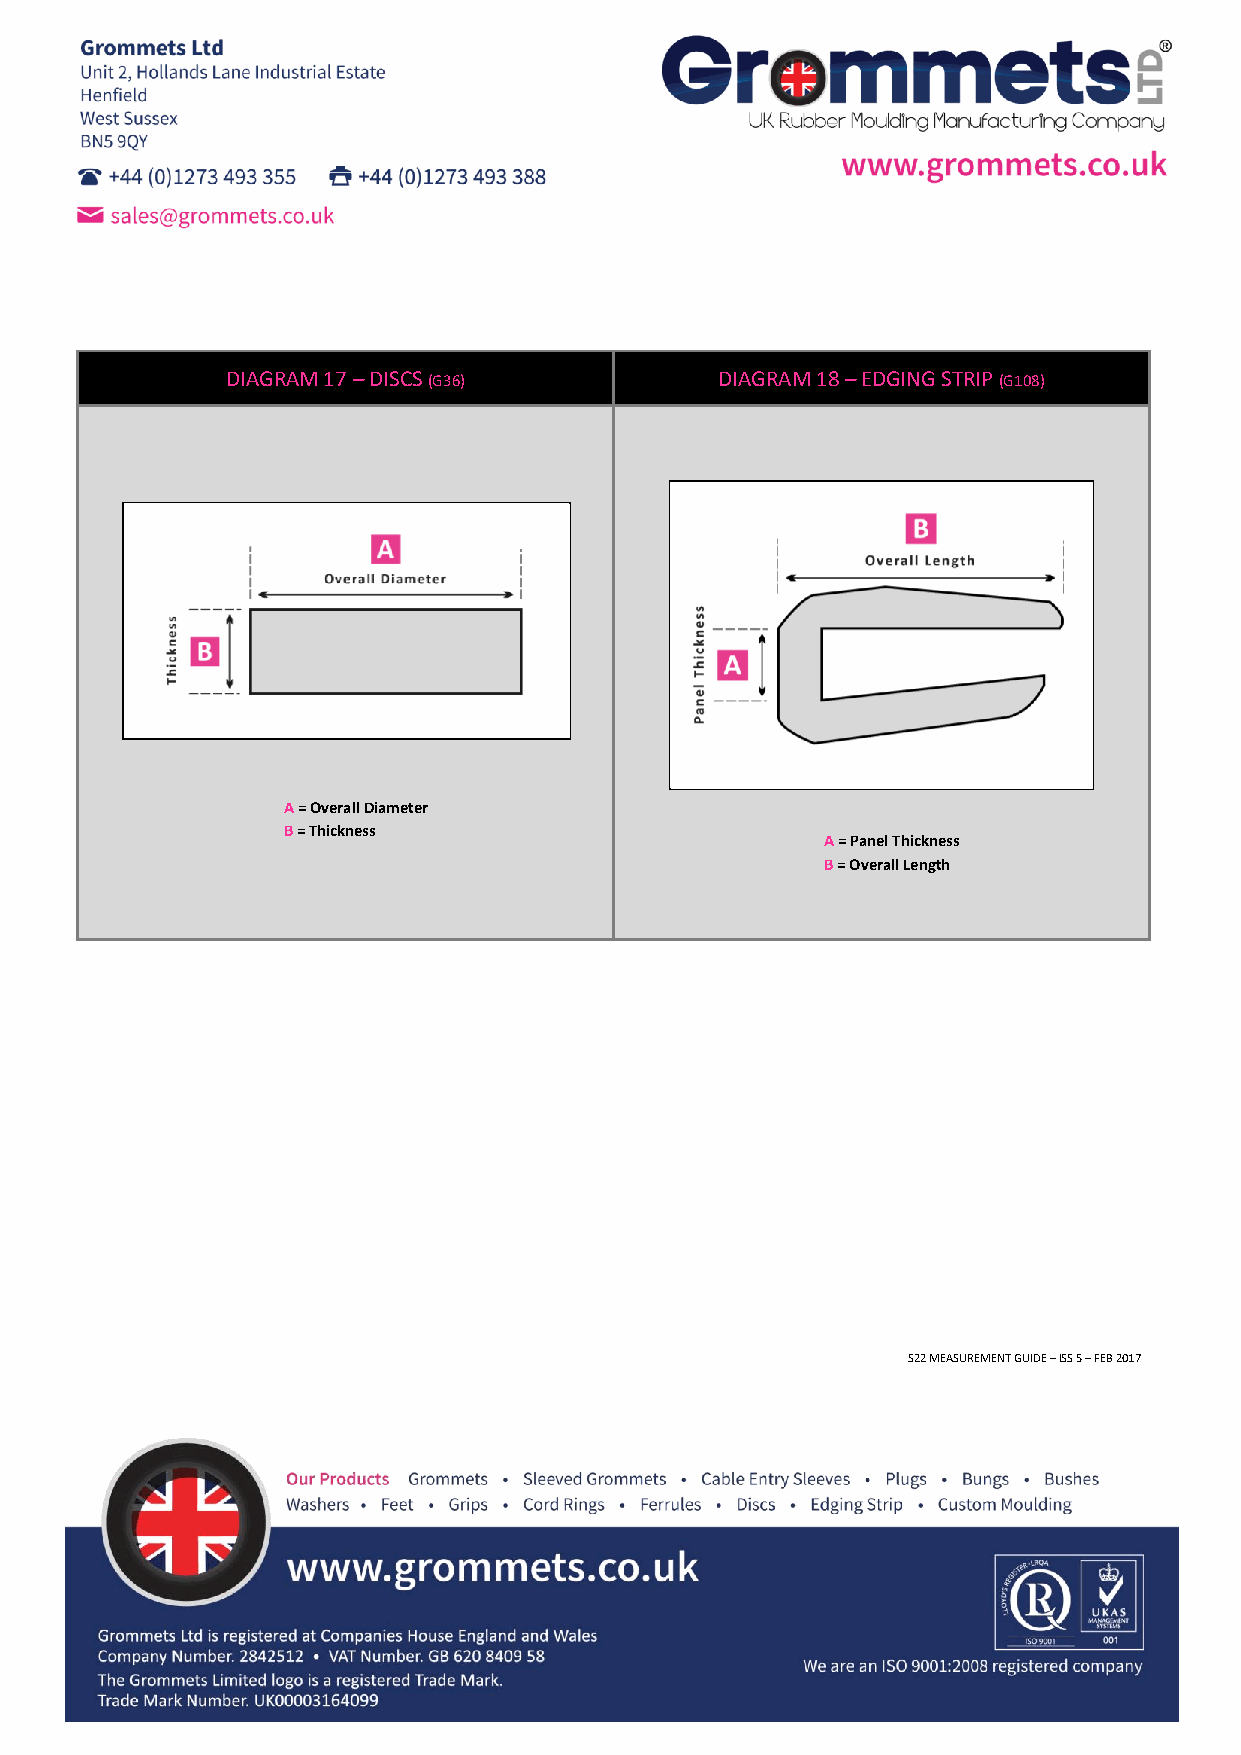
DIAGRAM 17 – DISCS (G36)         DIAGRAM 18 – ED GING STRIP (G108)
 A = Overall Diameter
 B = Thickness
 A = Panel Thickness
 B = Overall Length
 OOOOOOOOFFFF
 BBBBlllliiiinnnndddd AAAAccccrrrroooossssssss TTTThhhheeee FFFFaaaacccceeee
 OOOOOOOOCCCC
 BBBBlllliiiinnnndddd AAAAccccrrrroooossssssss TTTThhhheeee CCCCeeeennnnttttrrrreeee
 aa == PPaanneell HHoollee
 bb == PPaanneell TThhiicckknneessss
 cc == OOvveerraallll
 DDiiaammeetteerr
 dd == IInnnneerr DDiiaammeetteerr
 S22 MEASUREMENT GUIDE – ISS 5 – FEB 2017